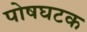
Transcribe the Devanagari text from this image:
पोषघटक